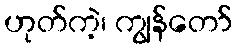
ဟုတ်ကဲ့၊ ကျွန်တော်